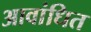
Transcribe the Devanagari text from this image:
आवांधित